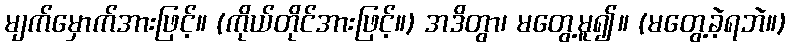
မျက်မှောက်အားဖြင့်။ (ကိုယ်တိုင်အားဖြင့်။) အဒိတွာ၊ မတွေ့မူ၍။ (မတွေ့ခဲ့ရဘဲ။)